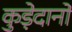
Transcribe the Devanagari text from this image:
कुड़ेदानों